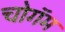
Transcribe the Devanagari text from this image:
चोगॅम